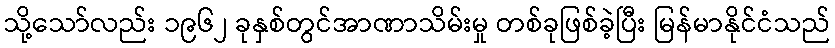
သို့သော်လည်း ၁၉၆၂ ခုနှစ်တွင်အာဏာသိမ်းမှု တစ်ခုဖြစ်ခဲ့ပြီး မြန်မာနိုင်ငံသည်